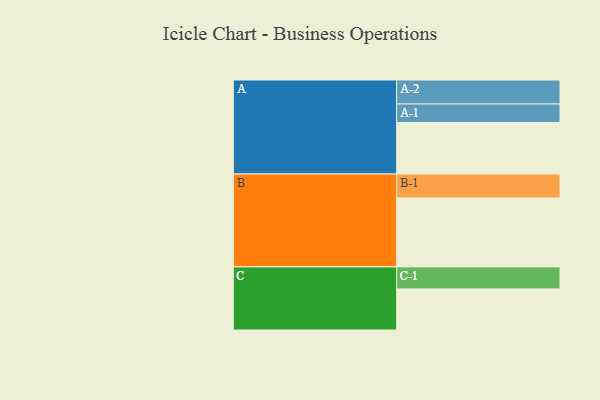
{"axis": {"x": "Segment", "y": "Value"}, "legend": ["", "A", "B", "C"], "data": [{"x": "A", "y": 400, "type": ""}, {"x": "B", "y": 535, "type": ""}, {"x": "C", "y": 319, "type": ""}, {"x": "A-1", "y": 144, "type": "A"}, {"x": "A-2", "y": 186, "type": "A"}, {"x": "B-1", "y": 186, "type": "B"}, {"x": "C-1", "y": 171, "type": "C"}]}